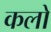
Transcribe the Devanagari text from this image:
कलो